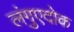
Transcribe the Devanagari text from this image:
लंगुएदोक